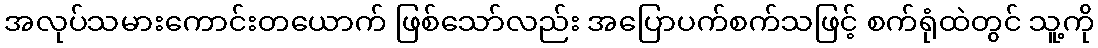
အလုပ်သမားကောင်းတယောက် ဖြစ်သော်လည်း အပြောပက်စက်သဖြင့် စက်ရုံထဲတွင် သူ့ကို